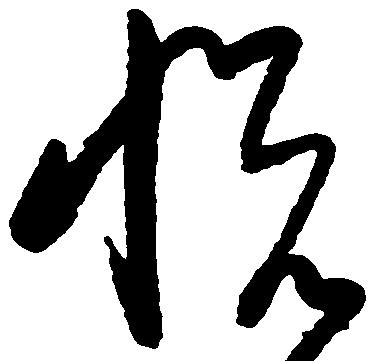
悦